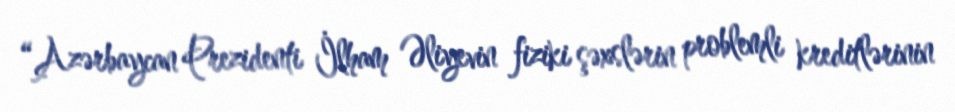
“Azərbaycan Prezidenti İlham Əliyevin fiziki şəxslərin problemli kreditlərinin